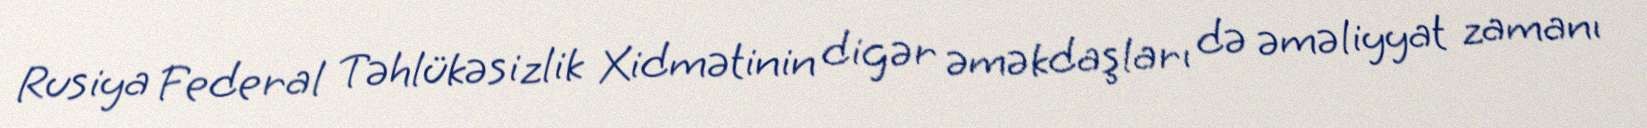
Rusiya Federal Təhlükəsizlik Xidmətinin digər əməkdaşları də əməliyyat zamanı